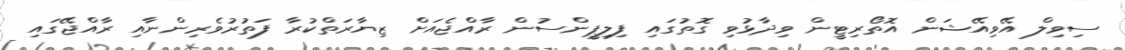
ސިވިލް އޭވިއޭޝަން އޮތޯރިޓީން ވިދާޅުވި ގޮތުގައި ފިލިޕީންސުން ރާއްޖެއަށް ޒިޔާރަތްކުރާ ފަތުރުވެރިންނާއި ރާއްޖޭގައި